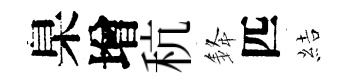
臬增秔𨦟匹結